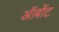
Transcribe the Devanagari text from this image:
ऑर्बोट